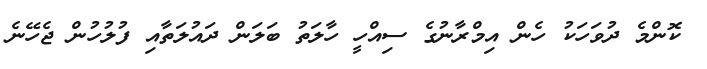
ކޮންމެ ދުވަހަކު ހެން އިމްރާނުގެ ސިއްހީ ހާލަތު ބަލަން ދައުލަތާއި ފުލުހުން ޖެހޭނެ